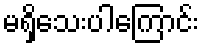
မရှိသေးပါကြောင်း